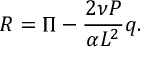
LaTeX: { \cal R } = \Pi - \frac { 2 \nu P } { \alpha { \cal L } ^ { 2 } } q .